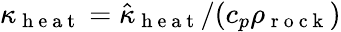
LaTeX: \kappa_{\mathrm{~h~e~a~t~}}=\hat{\kappa}_{\mathrm{~h~e~a~t~}}/(c_{p}\rho_{\mathrm{~r~o~c~k~}})